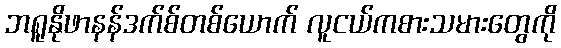
ဘရူနိုဖာနန်ဒက်စ်တစ်ယောက် လူငယ်ကစားသမားတွေကို